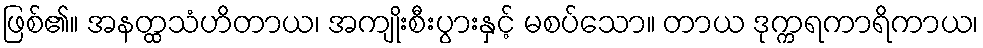
ဖြစ်၏။ အနတ္ထသံဟိတာယ၊ အကျိုးစီးပွားနှင့် မစပ်သော။ တာယ ဒုက္ကရကာရိကာယ၊